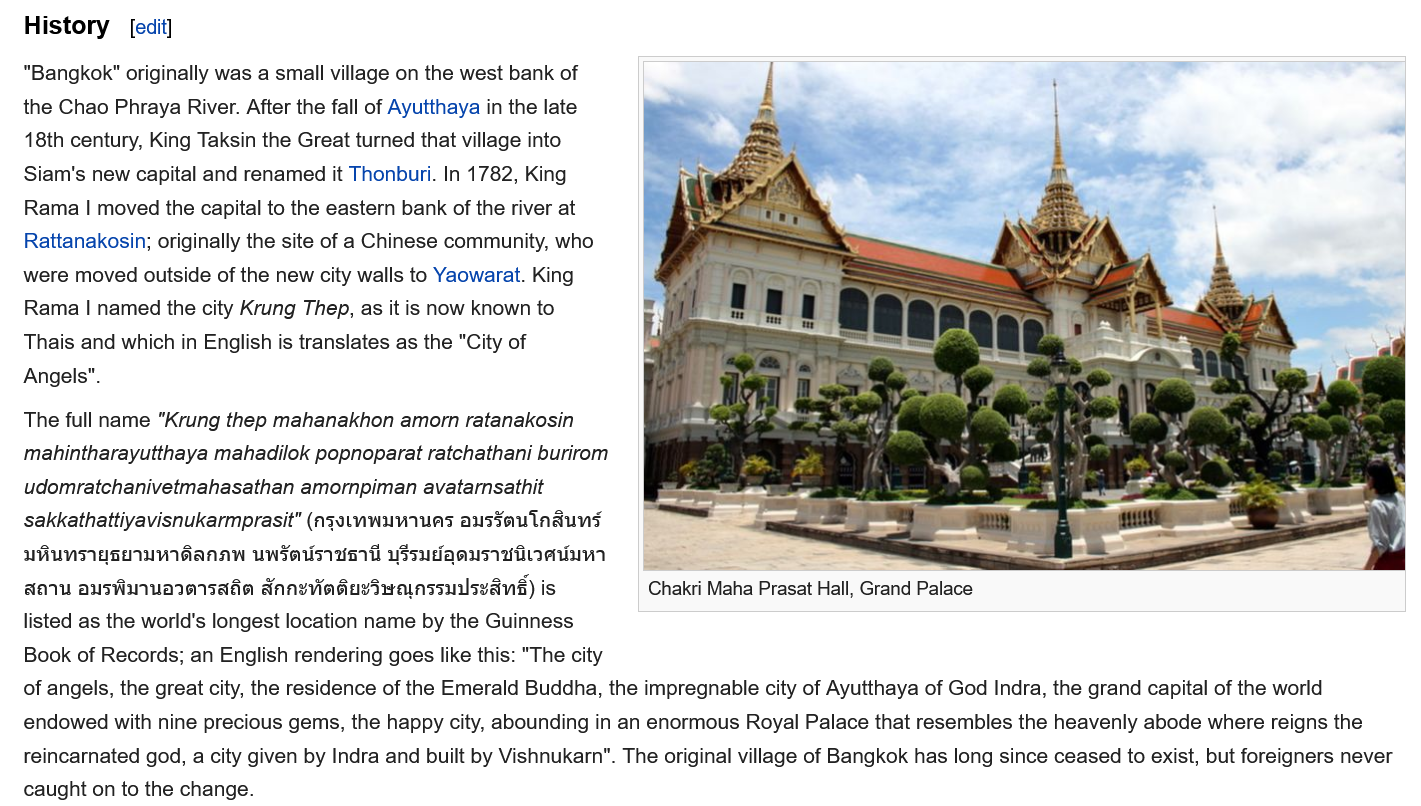
"Bangkok" originally was a small village on the west bank of
   the Chao Phraya River. After the fall of Ayutthaya in the late
   18th century, King Taksin the Great turned that village into
   Siam's new capital and renamed it Thonburi. In 1782, King
   Rama | moved the capital to the eastern bank of the river at
   Rattanakosin; originally the site of a Chinese community, who
   were moved outside of the new city walls to Yaowarat. King
   Rama  | named the city Krung Thep, as it is now known to
   Thais and which in English is translates as the "City of
   Angels".
   The full name “Krung thep mahanakhon amorn ratanakosin
   mahintharayutthaya mahadilok popnoparat ratchathani burirom
   udomratchanivetmahasathan amornpiman avatarnsathit
   sakkathattiyavisnukarmprasit" (ngarmwuviuas aussaulnauns
   ufiunnasenunidanaw   uwsausysii  ussudaausaineniunr
   aay  ausvanuaimsadia  anasvindusiwanssuisvans) is
   listed as the world's longest location name by the Guinness
   Book of Records; an English rendering goes like this: "The city
   of angels, the great city, the residence of the Emerald Buddha, the impregnable city of Ayutthaya of God Indra, the grand capital of the world
   endowed with nine precious gems, the happy city, abounding in an enormous Royal Palace that resembles the heavenly abode where reigns the
   reincarnated god, a city given by Indra and built by Vishnukarn”. The original village of Bangkok has long since ceased to exist, but foreigners never
   caught on to the change.
     Chakri Maha Prasat Hall, Grand Palace
   History   [edit]